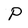
Character: P